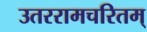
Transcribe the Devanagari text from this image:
उतररामचरितम्‌